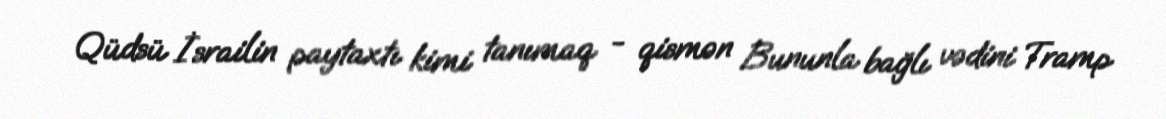
Qüdsü İsrailin paytaxtı kimi tanımaq - qismən Bununla bağlı vədini Tramp